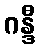
ဂန္ဒီ